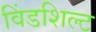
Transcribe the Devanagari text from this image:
विंडशिल्ट